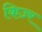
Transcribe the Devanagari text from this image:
किज़्र